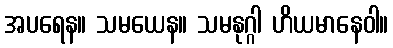
အပရေန။ သမယေန။ သမနုဂ္ဂါ ဟိယမာနေဝါ။